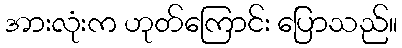
အားလုံးက ဟုတ်ကြောင်း ပြောသည်။